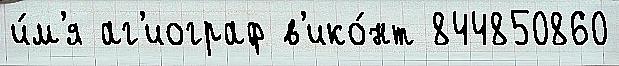
и́м'я аг'иограф в'ико́нт 844850860